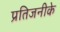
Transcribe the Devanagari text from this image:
प्रतिजनीके